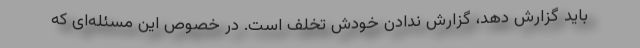
باید گزارش دهد، گزارش ندادن خودش تخلف است. در خصوص این مسئله‌ای که